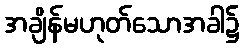
အချိန်မဟုတ်သောအခါ၌